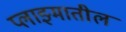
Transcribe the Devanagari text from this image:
प्लाझ्मातील